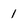
Character: 1